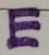
Text: E